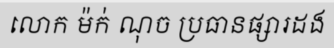
លោក ម៉ក់ ណុច ប្រធានផ្សារដង